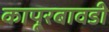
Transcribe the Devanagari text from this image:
कापूरबावडी